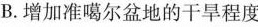
B.增加准噶尔盆地的干旱程度